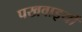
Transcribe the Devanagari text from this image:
पखवाइयों